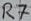
Text: R7